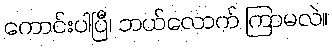
ကောင်းပါပြီ၊ ဘယ်လောက် ကြာမလဲ။